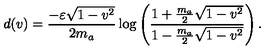
d ( v ) = \frac { - \varepsilon \sqrt { 1 - v ^ { 2 } } } { 2 m _ { a } } \log \left( \frac { 1 + \frac { m _ { a } } { 2 } \sqrt { 1 - v ^ { 2 } } } { 1 - \frac { m _ { a } } { 2 } \sqrt { 1 - v ^ { 2 } } } \right) .